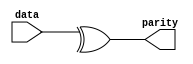
// This program was cloned from: https://github.com/intel/aib-phy-hardware
// License: Apache License 2.0

// SPDX-License-Identifier: Apache-2.0
// Copyright (C) 2019 Intel Corporation. All rights reserved
module hdpldadapt_cmn_parity_gen
    #(
	parameter WIDTH = 'd0   
    )   
    (
        output  wire			parity,
        input   wire [WIDTH-1:0]    	data
    );

	assign parity = ^data[WIDTH-1:0];

endmodule // hdpldadapt_cmn_parity_gen